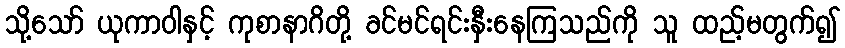
သို့သော် ယုကာဝါနှင့် ကုစာနာဂိတို့ ခင်မင်ရင်းနှီးနေကြသည်ကို သူ ထည့်မတွက်၍